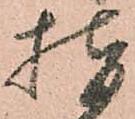
指